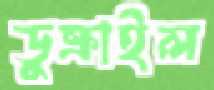
ডুক্‌রাইল